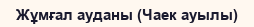
Жұмғал ауданы (Чаек ауылы)